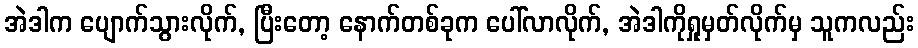
အဲဒါက ပျောက်သွားလိုက်, ပြီးတော့ နောက်တစ်ခုက ပေါ်လာလိုက်, အဲဒါကိုရှုမှတ်လိုက်မှ သူကလည်း